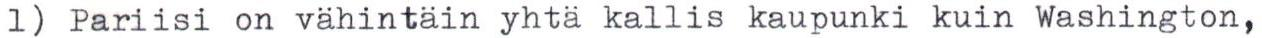
1) Pariisi on vähintäin yhtä kallis kaupunki kuin Washington,